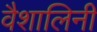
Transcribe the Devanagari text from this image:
वैशालिनी